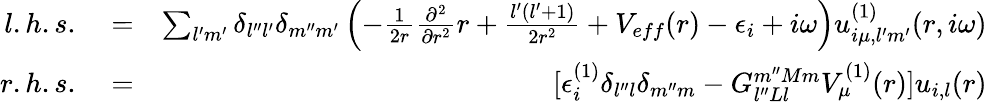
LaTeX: \begin{array}{rlr}{l.h.s.}&{{}=}&{\sum_{l^{\prime}m^{\prime}}\delta_{l^{\prime\prime}l^{\prime}}\delta_{m^{\prime\prime}m^{\prime}}\left(-\frac{1}{2r}\frac{\partial^{2}}{\partial r^{2}}r+\frac{l^{\prime}(l^{\prime}+1)}{2r^{2}}+V_{eff}(r)-\epsilon_{i}+i\omega\right)u_{i\mu,l^{\prime}m^{\prime}}^{(1)}(r,i\omega)}\\ {r.h.s.}&{{}=}&{[\epsilon_{i}^{(1)}\delta_{l^{\prime\prime}l}\delta_{m^{\prime\prime}m}-G_{l^{\prime\prime}Ll}^{m^{\prime\prime}Mm}V_{\mu}^{(1)}(r)]u_{i,l}(r)}\end{array}